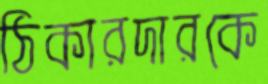
ঠিকারদারকে